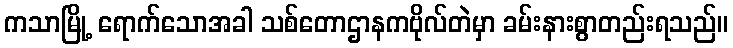
ကသာမြို့ ရောက်သောအခါ သစ်တောဌာနကဗိုလ်တဲမှာ ခမ်းနားစွာတည်းရသည်။